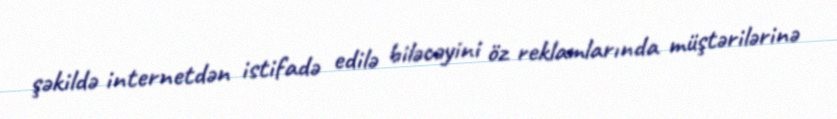
şəkildə internetdən istifadə edilə biləcəyini öz reklamlarında müştərilərinə